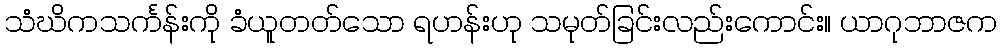
သံဃိကသင်္ကန်းကို ခံယူတတ်သော ရဟန်းဟု သမုတ်ခြင်းလည်းကောင်း။ ယာဂုဘာဇက